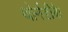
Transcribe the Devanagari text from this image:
थोर्नडीके